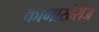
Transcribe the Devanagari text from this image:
कामाखेरीज